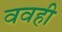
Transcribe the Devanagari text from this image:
ववही